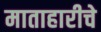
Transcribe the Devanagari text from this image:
माताहारीचे